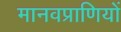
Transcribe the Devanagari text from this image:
मानवप्राणियों